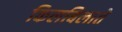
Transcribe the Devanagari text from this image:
किलबिलाते